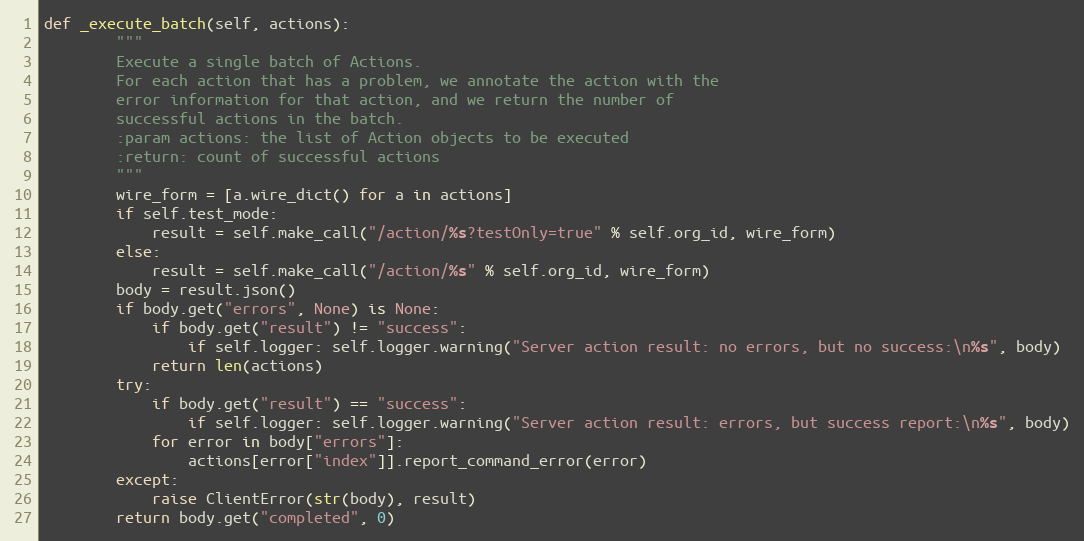
Language: Python
def _execute_batch(self, actions):
        """
        Execute a single batch of Actions.
        For each action that has a problem, we annotate the action with the
        error information for that action, and we return the number of
        successful actions in the batch.
        :param actions: the list of Action objects to be executed
        :return: count of successful actions
        """
        wire_form = [a.wire_dict() for a in actions]
        if self.test_mode:
            result = self.make_call("/action/%s?testOnly=true" % self.org_id, wire_form)
        else:
            result = self.make_call("/action/%s" % self.org_id, wire_form)
        body = result.json()
        if body.get("errors", None) is None:
            if body.get("result") != "success":
                if self.logger: self.logger.warning("Server action result: no errors, but no success:\n%s", body)
            return len(actions)
        try:
            if body.get("result") == "success":
                if self.logger: self.logger.warning("Server action result: errors, but success report:\n%s", body)
            for error in body["errors"]:
                actions[error["index"]].report_command_error(error)
        except:
            raise ClientError(str(body), result)
        return body.get("completed", 0)